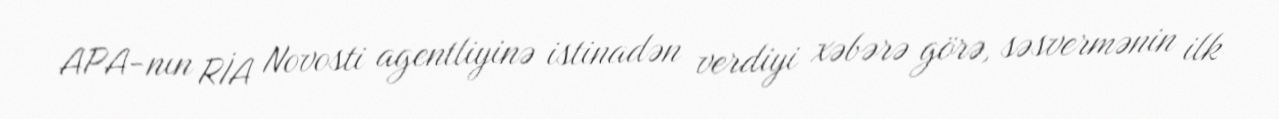
APA-nın RİA Novosti agentliyinə istinadən verdiyi xəbərə görə, səsvermənin ilk